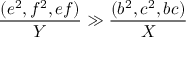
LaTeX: \frac { ( e ^ { 2 } , f ^ { 2 } , e f ) } { Y } \gg \frac { ( b ^ { 2 } , c ^ { 2 } , b c ) } { X }